Scientific memoirs by medical officers of the Army of India - Part VIII,
Year: 1894
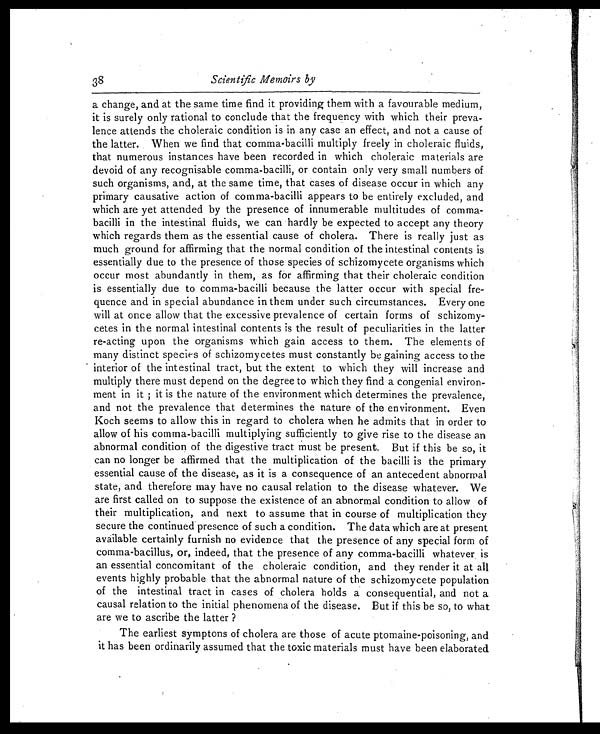
3 8
Scientific Memoirs by
a change, and at the same time find it providing them with a favourable medium,
it is surely only rational to conclude that the frequency with which their preva-
lence attends the choleraic condition is in any case an effect, and not a cause of
the latter. When we find that comma-bacilli multiply freely in choleraic fluids,
that numerous instances have been recorded in which choleraic materials are
devoid of any recognisable comma-bacilli, or contain only very small numbers of
such organisms, and, at the same time, that cases of disease occur in which any
primary causative action of comma-bacilli appears to be entirely excluded, and
which are yet attended by the presence of innumerable multitudes of comma-
bacilli in the intestinal fluids, we can hardly be expected to accept any theory
which regards them as the essential cause of cholera. There is really just as
much ground for affirming that the normal condition of the intestinal contents is
essentially due to the presence of those species of schizomycete organisms which
occur most abundantly in them, as for affirming that their choleraic condition
is essentially due to comma-bacilli because the latter occur with special fre-
quence and in special abundance in them under such circumstances. Every one
will at once allow that the excessive prevalence of certain forms of schizomy-
cetes in the normal intestinal contents is the result of peculiarities in the latter
re-acting upon the organisms which gain access to them. The elements of
many distinct species of schizomycetes must constantly be gaining access to the
interior of the intestinal tract, but the extent to which they will increase and
multiply there must depend on the degree to which they find a congenial environ-
ment in it ; it is the nature of the environment which determines the prevalence,
and not the prevalence that determines the nature of the environment. Even
Koch seems to allow this in regard to cholera when he admits that in order to
allow of his comma-bacilli multiplying sufficiently to give rise to the disease an
abnormal condition of the digestive tract must be present. But if this be so, it
can no longer be affirmed that the multiplication of the bacilli is the primary
essential cause of the disease, as it is a consequence of an antecedent abnormal
state, and therefore may have no causal relation to the disease whatever. We
are first called on to suppose the existence of an abnormal condition to allow of
their multiplication, and next to assume that in course of multiplication they
secure the continued presence of such a condition. The data which are at present
available certainly furnish no evidence that the presence of any special form of
comma-bacillus, or, indeed, that the presence of any comma-bacilli whatever is
an essential concomitant of the choleraic condition, and they render it at all
events highly probable that the abnormal nature of the schizomycete population
of the intestinal tract in cases of cholera holds a consequential, and not a
causal relation to the initial phenomena of the disease. But if this be so, to what
are we to ascribe the latter ?
The earliest symptons of cholera are those of acute ptomaine-poisoning, and
it has been ordinarily assumed that the toxic materials must have been elaborated